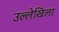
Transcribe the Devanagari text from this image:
उल्लेखिला